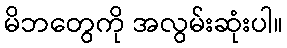
မိဘတွေကို အလွမ်းဆုံးပါ။